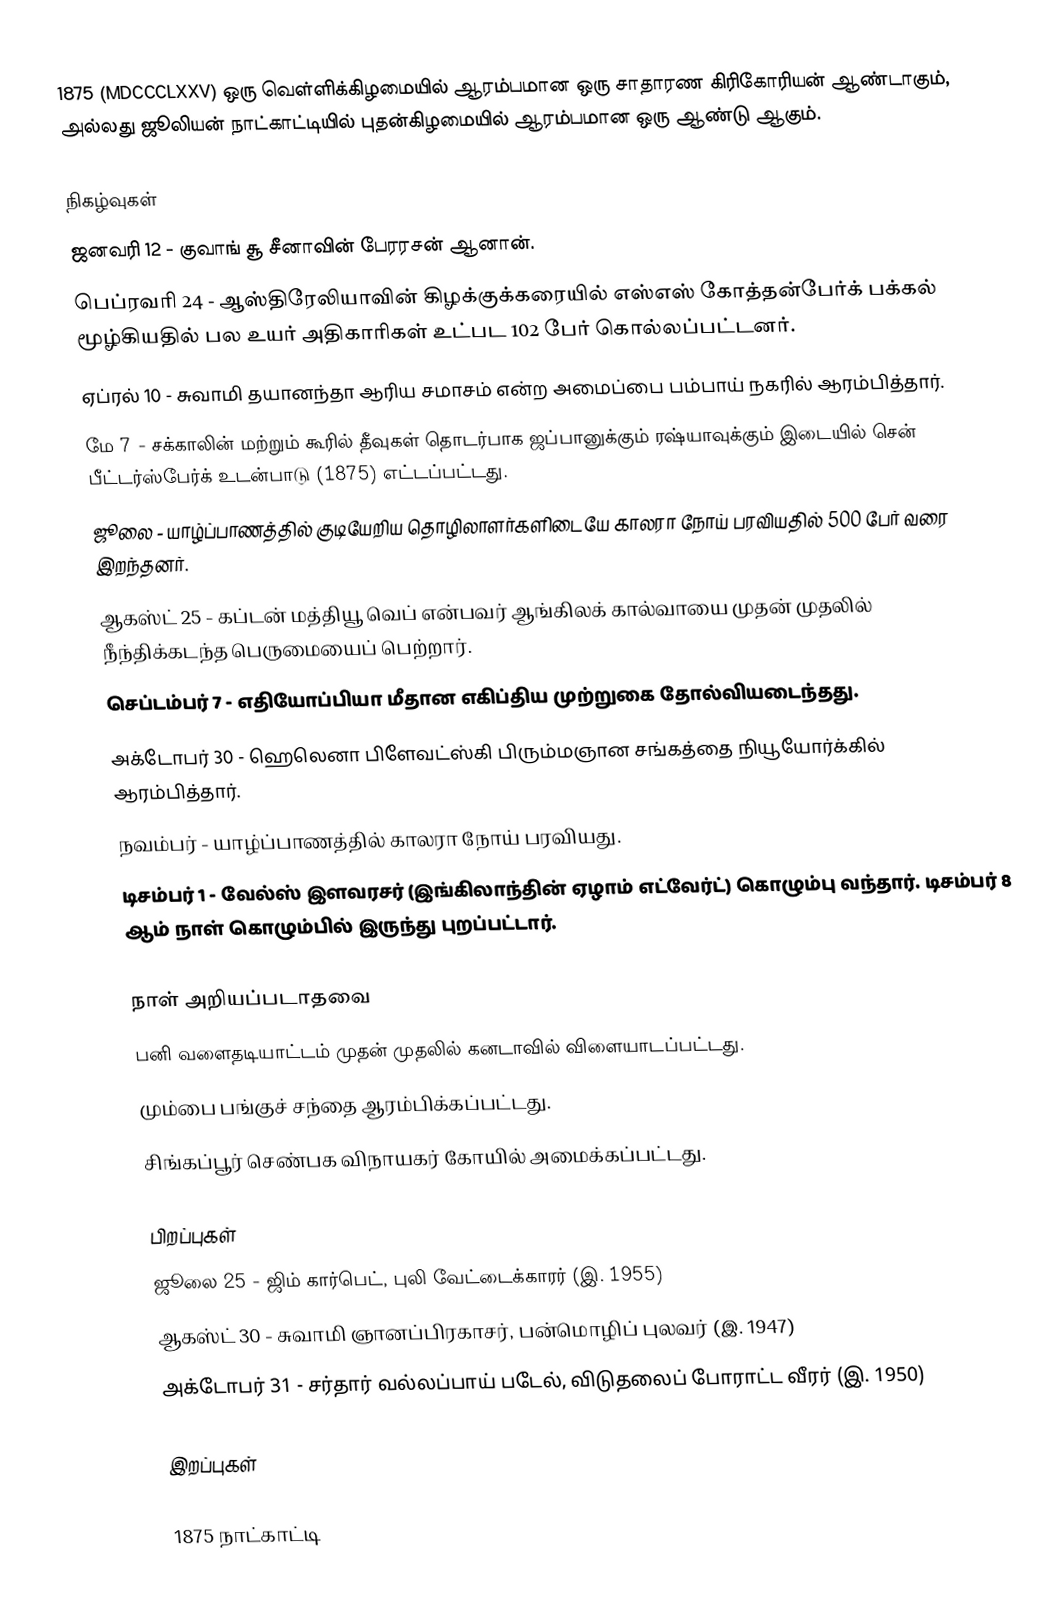
1875  (MDCCCLXXV) ஒரு வெள்ளிக்கிழமையில் ஆரம்பமான ஒரு சாதாரண கிரிகோரியன் ஆண்டாகும், அல்லது ஜூலியன் நாட்காட்டியில் புதன்கிழமையில் ஆரம்பமான ஒரு ஆண்டு ஆகும்.

நிகழ்வுகள்
 ஜனவரி 12 - குவாங் சூ சீனாவின் பேரரசன் ஆனான்.
 பெப்ரவரி 24 - ஆஸ்திரேலியாவின் கிழக்குக்கரையில் எஸ்எஸ் கோத்தன்பேர்க் பக்கல் மூழ்கியதில் பல உயர் அதிகாரிகள் உட்பட 102 பேர் கொல்லப்பட்டனர்.
 ஏப்ரல் 10 - சுவாமி தயானந்தா ஆரிய சமாசம் என்ற அமைப்பை பம்பாய் நகரில் ஆரம்பித்தார்.
 மே 7 - சக்காலின் மற்றும் கூரில் தீவுகள் தொடர்பாக ஜப்பானுக்கும் ரஷ்யாவுக்கும் இடையில் சென் பீட்டர்ஸ்பேர்க் உடன்பாடு (1875) எட்டப்பட்டது.
 ஜூலை - யாழ்ப்பாணத்தில் குடியேறிய தொழிலாளர்களிடையே காலரா நோய் பரவியதில் 500 பேர் வரை இறந்தனர்.
 ஆகஸ்ட் 25 - கப்டன் மத்தியூ வெப் என்பவர் ஆங்கிலக் கால்வாயை முதன் முதலில் நீந்திக்கடந்த பெருமையைப் பெற்றார்.
 செப்டம்பர் 7 - எதியோப்பியா மீதான எகிப்திய முற்றுகை தோல்வியடைந்தது.
 அக்டோபர் 30 - ஹெலெனா பிளேவட்ஸ்கி பிரும்மஞான சங்கத்தை நியூயோர்க்கில் ஆரம்பித்தார்.
 நவம்பர் - யாழ்ப்பாணத்தில் காலரா நோய் பரவியது.
 டிசம்பர் 1 - வேல்ஸ் இளவரசர் (இங்கிலாந்தின் ஏழாம் எட்வேர்ட்) கொழும்பு வந்தார். டிசம்பர் 8 ஆம் நாள் கொழும்பில் இருந்து புறப்பட்டார்.

நாள் அறியப்படாதவை
 பனி வளைதடியாட்டம் முதன் முதலில் கனடாவில் விளையாடப்பட்டது.
 மும்பை பங்குச் சந்தை ஆரம்பிக்கப்பட்டது.
 சிங்கப்பூர் செண்பக விநாயகர் கோயில் அமைக்கப்பட்டது.

பிறப்புகள்
 ஜூலை 25 - ஜிம் கார்பெட், புலி வேட்டைக்காரர் (இ. 1955)
 ஆகஸ்ட் 30 - சுவாமி ஞானப்பிரகாசர், பன்மொழிப் புலவர் (இ. 1947)
 அக்டோபர் 31 - சர்தார் வல்லப்பாய் படேல், விடுதலைப் போராட்ட வீரர் (இ. 1950)

இறப்புகள்

1875 நாட்காட்டி